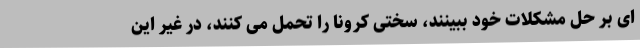
ای بر حل مشکلات خود ببینند، سختی کرونا را تحمل می کنند، در غیر این